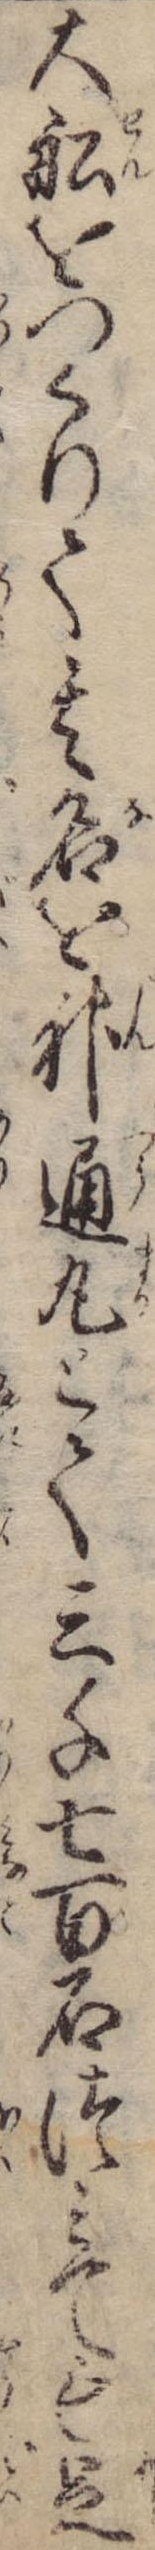
大船をつくりて其名を神通丸とて三千七百石つみても足